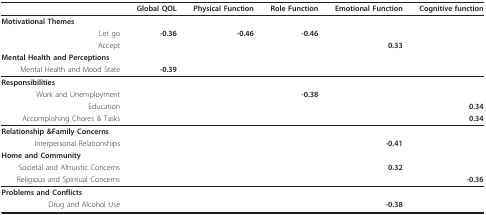
<table><thead><tr><td></td><td><b>Global QOL</b></td><td><b>Physical Function</b></td><td><b>Role Function</b></td><td><b>Emotional Function</b></td><td><b>Cognitive function</b></td></tr></thead><tbody><tr><td><b>Motivational Themes</b></td><td></td><td></td><td></td><td></td><td></td></tr><tr><td>Let go</td><td><b>-0.36</b></td><td><b>-0.46</b></td><td><b>-0.46</b></td><td></td><td></td></tr><tr><td>Accept</td><td></td><td></td><td></td><td><b>0.33</b></td><td></td></tr><tr><td><b>Mental Health and Perceptions</b></td><td></td><td></td><td></td><td></td><td></td></tr><tr><td>Mental Health and Mood State</td><td><b>-0.39</b></td><td></td><td></td><td></td><td></td></tr><tr><td><b>Responsibilities</b></td><td></td><td></td><td></td><td></td><td></td></tr><tr><td>Work and Unemployment</td><td></td><td></td><td><b>-0.38</b></td><td></td><td></td></tr><tr><td>Education</td><td></td><td></td><td></td><td></td><td><b>0.34</b></td></tr><tr><td>Accomplishing Chores &amp; Tasks</td><td></td><td></td><td></td><td></td><td><b>0.34</b></td></tr><tr><td><b>Relationship &amp;Family Concerns</b></td><td></td><td></td><td></td><td></td><td></td></tr><tr><td>Interpersonal Relationships</td><td></td><td></td><td></td><td><b>-0.41</b></td><td></td></tr><tr><td><b>Home and Community</b></td><td></td><td></td><td></td><td></td><td></td></tr><tr><td>Societal and Altruistic Concerns</td><td></td><td></td><td></td><td><b>0.32</b></td><td></td></tr><tr><td>Religious and Spiritual Concerns</td><td></td><td></td><td></td><td></td><td><b>-0.36</b></td></tr><tr><td><b>Problems and Conflicts</b></td><td></td><td></td><td></td><td></td><td></td></tr><tr><td>Drug and Alcohol Use</td><td></td><td></td><td></td><td><b>-0.38</b></td><td></td></tr></tbody></table>